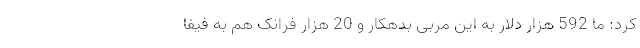
کرد: ما 592 هزار دلار به این مربی بدهکار و 20 هزار فرانک هم به فیفا